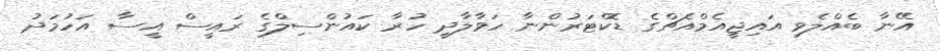
އޭނާ ބެއްލެވި އައިޖީއެމްއެޗްގެ ޑޮކްޓަރުންނާ ހަވާލާދީ ހުރާ ކައުންސިލްގެ ރައީސް އީސާ އަހުމަދު